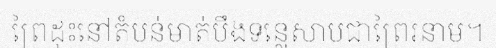
ព្រៃដុះនៅតំបន់មាត់បឹងទន្លេសាបជាព្រៃរនាម។